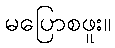
မပြောစဖူး။